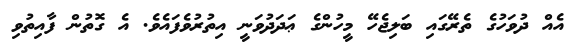
އެއް ދުވަހުގެ ތެރޭގައި ބަލިޖެހޭ މީހުންގެ ޢަދަދުވަނީ އިތުރުވެފައެވެ. އެ ގޮތުން ފާއިތުވި